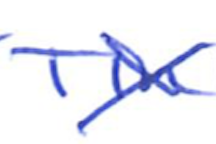
Text: Tin
Cross-out: cross
Writing tool: ballpoint